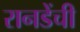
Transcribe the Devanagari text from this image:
रानडेंची